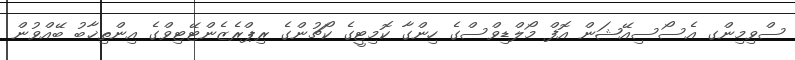
ސްވިމިންގ އެސޯސިއޭޝަން އޮފް މޯލްޑިވްސްގެ ހިންގާ ކޮމިޓީގެ ކޯޗުންގެ ރިޕްރެޒެންޓޭޓިވްގެ އިންތިޚާބު ބޭއްވުން